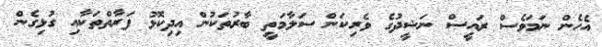
އެހެން ނަމަވެސް ރައީސް ނަޝީދުގެ ވެރިކަން ސަލާމަތީ ބާރުތަކުން އިދިކޮޅު ފަރާތްތަކާއި ގުޅިގެން